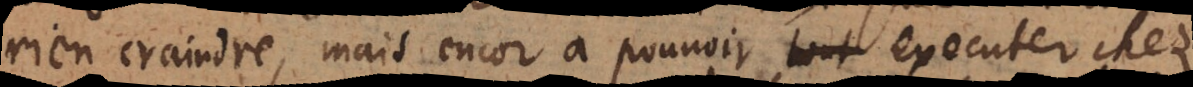
rien craindre, mais encor à pouvoir executer chez